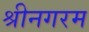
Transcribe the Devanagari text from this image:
श्रीनगरम